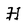
Character: H